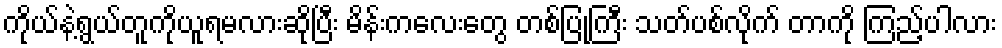
ကိုယ်နဲ့ရွယ်တူကိုယူရမလားဆိုပြီး မိန်းကလေးတွေ တစ်ပြုံကြီး သတ်ပစ်လိုက် တာကို ကြည့်ပါလား